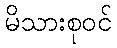
မိသားစုဝင်